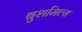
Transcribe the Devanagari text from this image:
बुशमिल्स